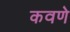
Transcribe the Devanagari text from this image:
कवणे